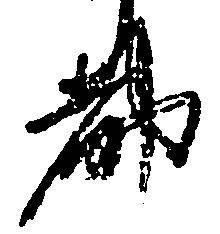
都